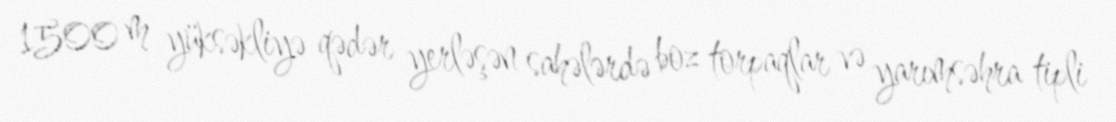
1500 m yüksəkliyə qədər yerləşən sahələrdə boz torpaqlar və yarımsəhra tipli